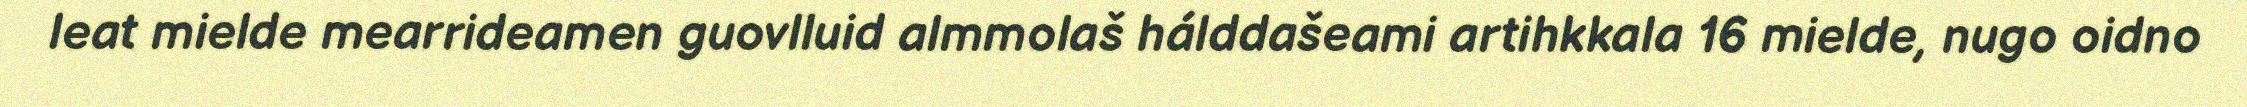
leat mielde mearrideamen guovlluid almmolaš hálddašeami artihkkala 16 mielde, nugo oidno